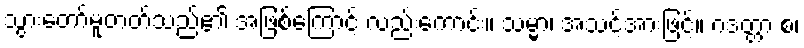
သွားတော်မူတတ်သည်၏ အဖြစ်ကြောင့် လည်းကောင်း။ သမ္မာ၊ အသင့်အားဖြင့်။ ဂဒတ္တာ စ၊